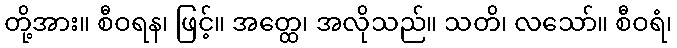
တို့အား။ စီဝရန၊ ဖြင့်။ အတ္ထေ၊ အလိုသည်။ သတိ၊ လသော်။ စီဝရံ၊